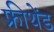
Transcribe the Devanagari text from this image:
फ्रीथेंड